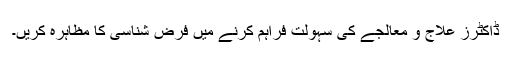
ڈاکٹرز علاج و معالجے کی سہولت فراہم کرنے میں فرض شناسی کا مظاہرہ کریں۔